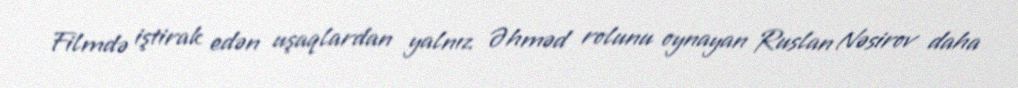
Filmdə iştirak edən uşaqlardan yalnız Əhməd rolunu oynayan Ruslan Nəsirov daha